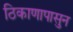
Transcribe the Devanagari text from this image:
ठिकाणापासुन